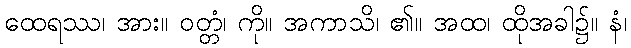
ထေရဿ၊ အား။ ဝတ္တံ၊ ကို။ အကာသိ၊ ၏။ အထ၊ ထိုအခါ၌။ နံ၊